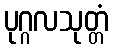
ပုဂ္ဂလသုတ္တံ